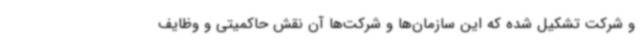
و شرکت تشکیل شده که این سازمان‌ها و شرکت‌ها آن نقش حاکمیتی و وظایف